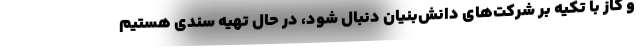
و گاز با تکیه بر شرکت‌های دانش‌بنیان دنبال شود، در حال تهیه سندی هستیم